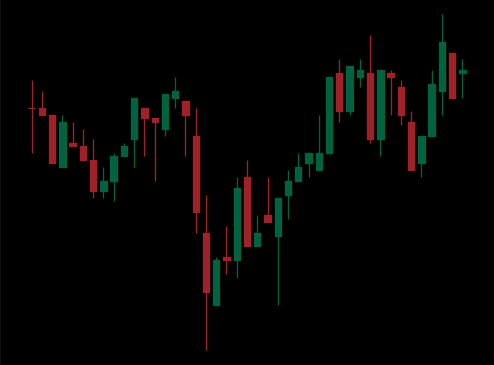
Pattern: inverse_head_shoulders